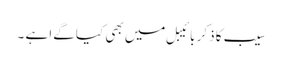
سیب کا ذکر بائیبل میں بھی کیا گےا ہے ۔